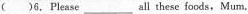
()6.Please ___ all these foods, Mum.